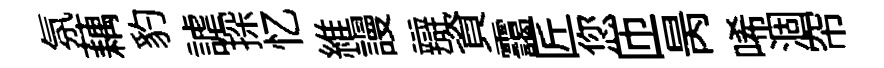
氛藕豹謔探忆維謾辯資靄匠您匝昺唏涸帘